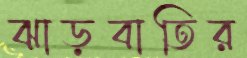
ঝাড়বাতির